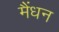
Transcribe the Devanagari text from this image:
मैंधन